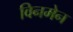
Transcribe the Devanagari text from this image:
विनमेन